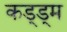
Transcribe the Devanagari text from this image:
कड्ड्म